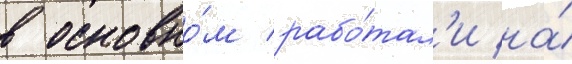
в основно́м рабо́тал'и на́